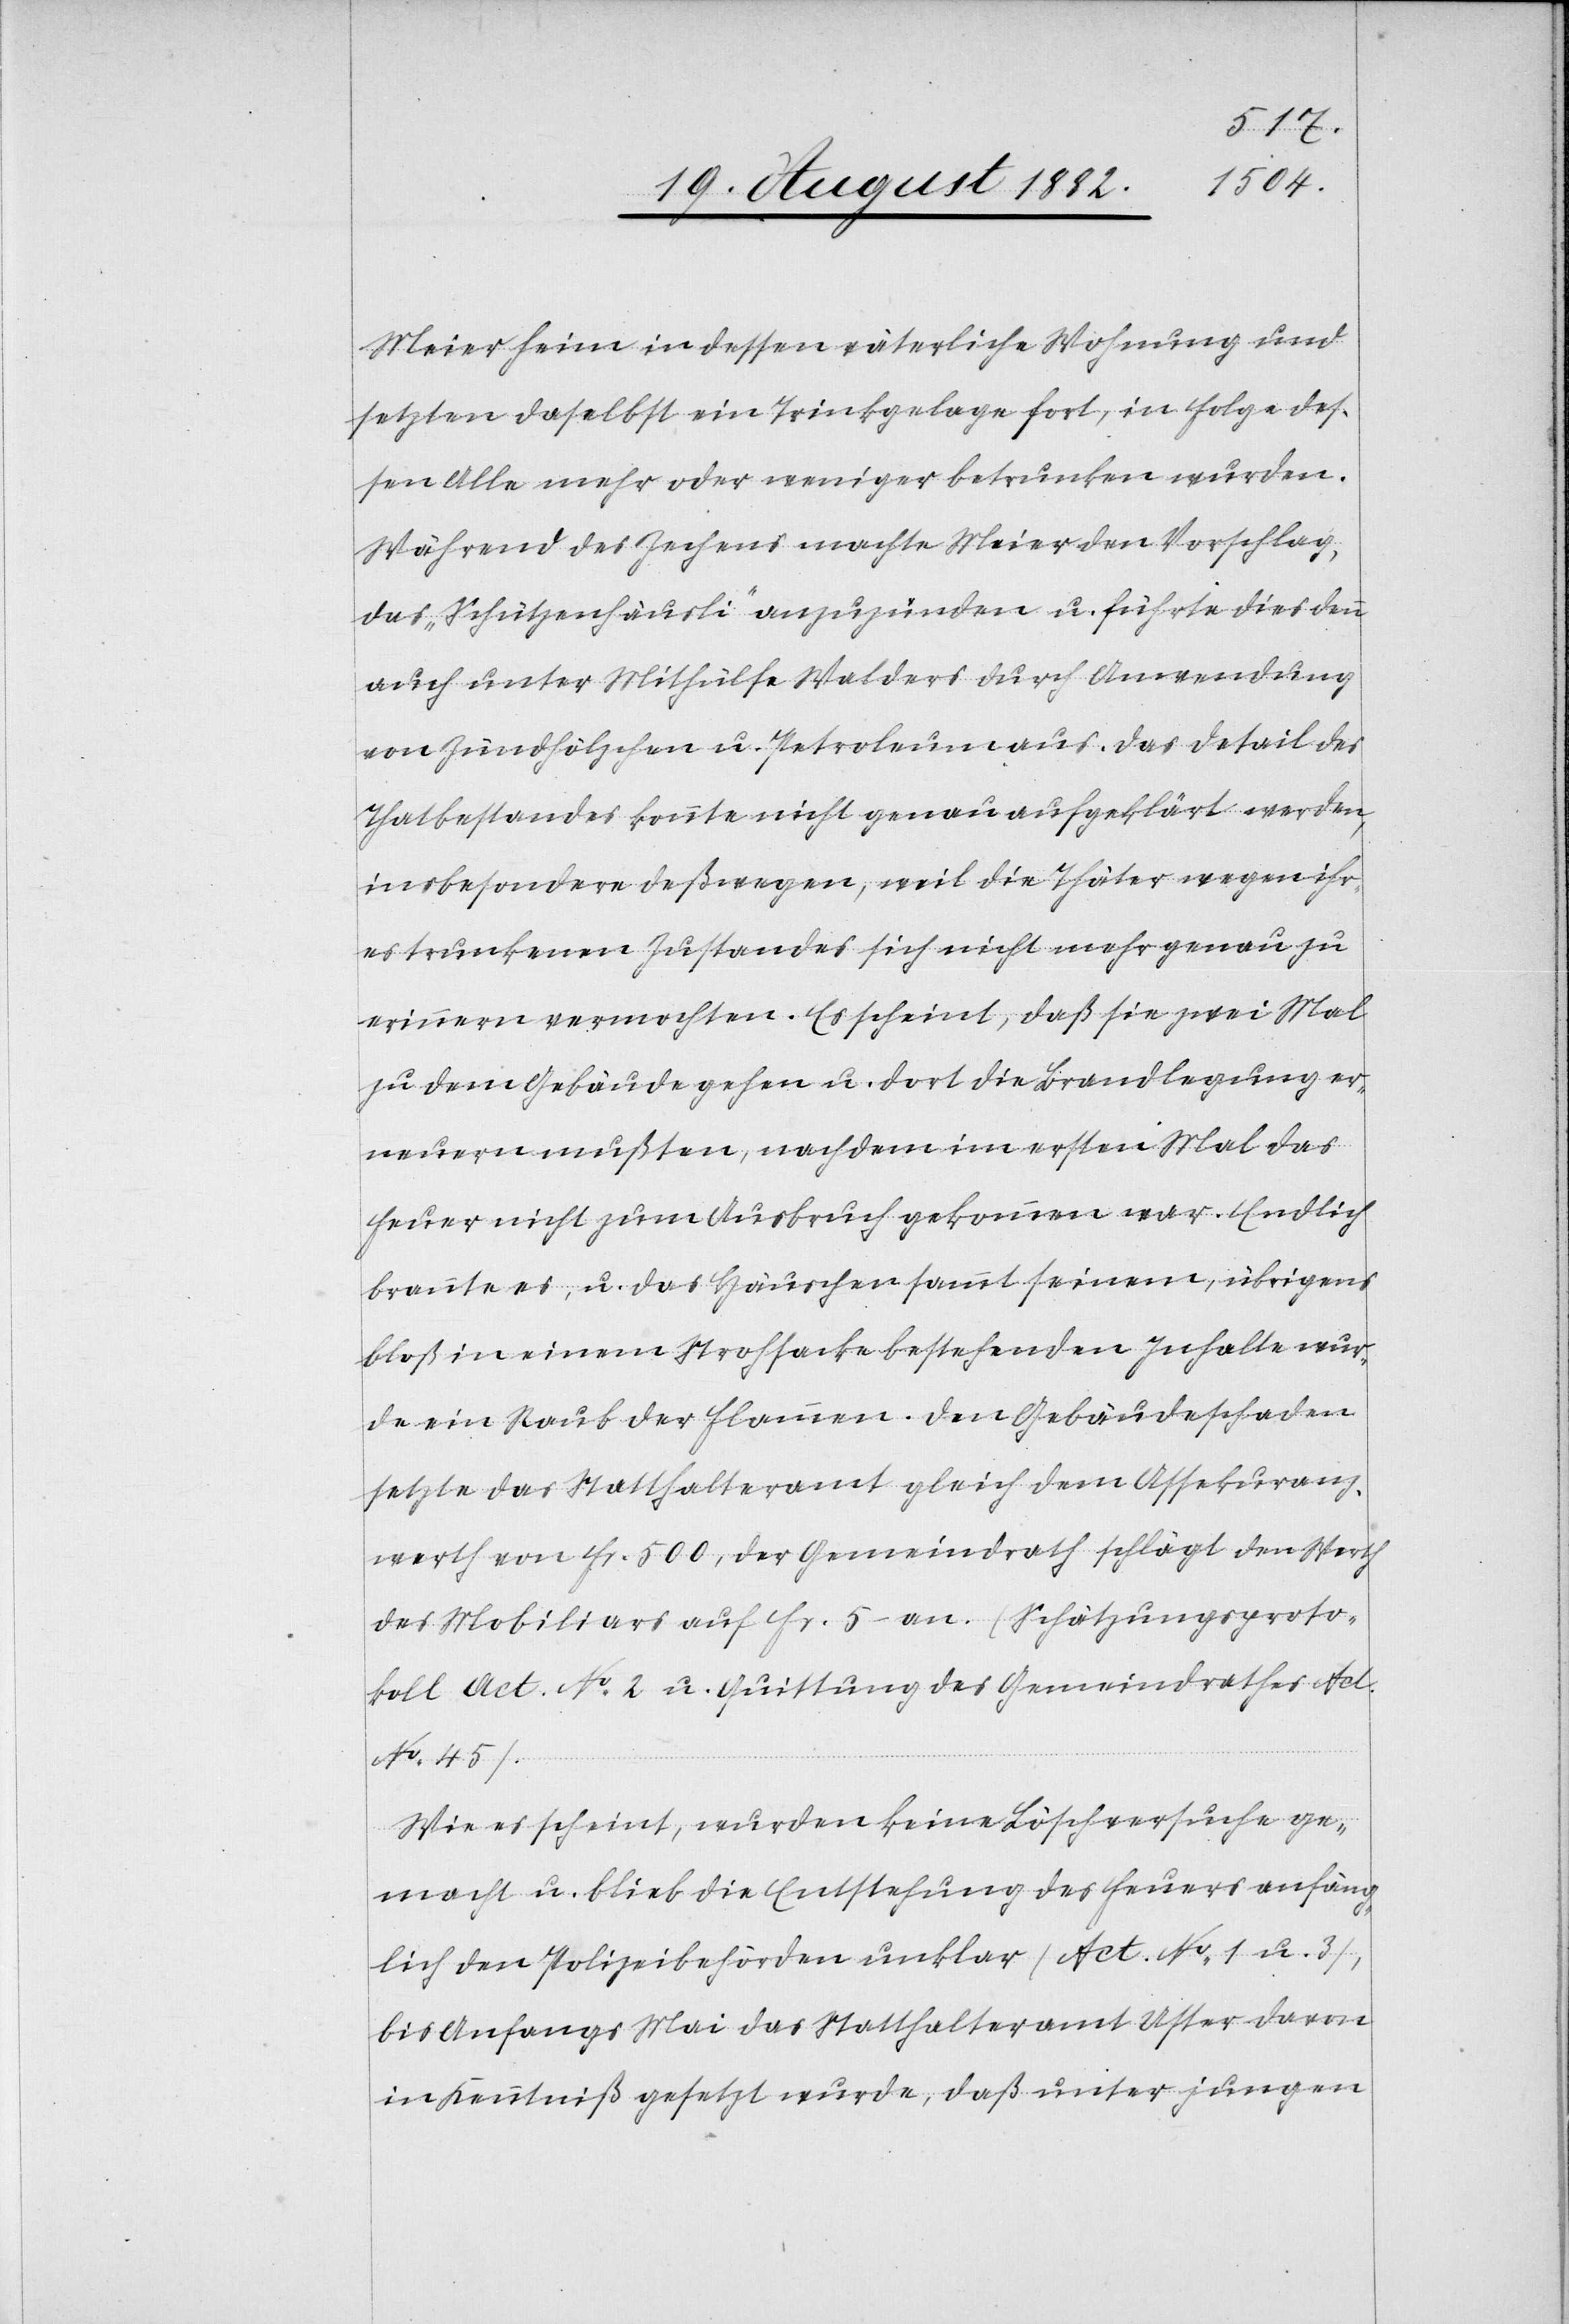
Meier heim in dessen väterliche Wohnung und
setzten daselbst ein Trinkgelage fort, in Folge des¬
sen Alle mehr oder wenige betrunken wurden.
Während des Zechens machte Meier den Vorschlag,
das „Schützenhäusli“ anzuzünden u. führte dies denn
auch unter Mithülfe Walders durch Anwendung
von Zündhölzchen u. Petroleum aus. Das Detail des
Thatbestandes konnte nicht genau aufgeklärt werden,
insbesondere deßwegen, weil die Thäter wegen ihr¬
es trunkenen Zustandes sich nicht mehr genau zu
erinnern vermochten. Es scheint, daß sie zwei Mal
zu dem Gebäude gehen u. dort die Brandlegung er¬
neuern mußten, nachdem im ersten Mal das
Feuer nicht zum Ausbruch gekommen war. Endlich
brannte es, u. das Häuschen sammt seinem, übrigens
bloß in einem Strohsacke bestehenden Inhalte wur¬
de ein Raub der Flammen. Den Gebäudeschaden
setzte das Statthalteramt gleich dem Assekuranz¬
werth von Fr. 500, der Gemeindrath schlägt den Werth
des Mobiliars auf Fr. 5.– an. (Schätzungsproto¬
koll Act. No 2 u. Quittung des Gemeindrathes Act.
No 45).
Wie es scheint, wurden keine Löschversuche ge¬
macht u. blieb die Entstehung des Feuers anfäng¬
lich den Polizeibehörden unklar (Act. No 1 u. 3),
bis Anfangs Mai das Statthalteramt Uster davon
in Kenntniß gesetzt wurde, daß unter jungen